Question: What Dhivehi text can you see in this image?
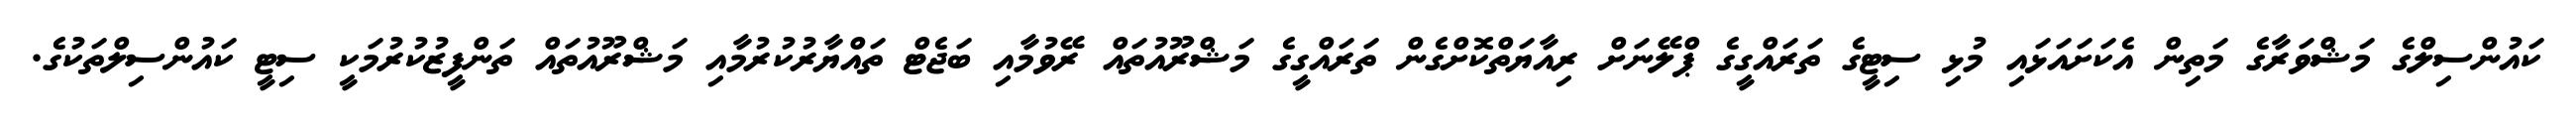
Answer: ކައުންސިލްގެ މަޝްވަރާގެ މަތިން އެކަށައަޅައި މުޅި ސިޓީގެ ތަރައްގީގެ ޕްލޭނަށް ރިއާޔަތްކޮށްގެން ތަރައްގީގެ މަޝްރޫއުތައް ރޭވުމާއި ބަޖެޓް ތައްޔާރުކުރުމާއި މަޝްރޫއުތައް ތަންފީޒުކުރުމަކީ ސިޓީ ކައުންސިލްތަކުގެ.